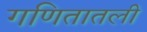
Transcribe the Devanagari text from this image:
गणितातली